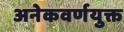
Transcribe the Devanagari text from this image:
अनेकवर्णयुक्त